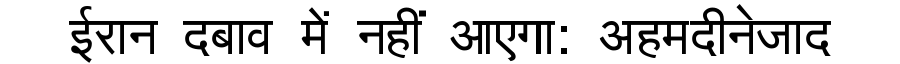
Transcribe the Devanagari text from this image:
ईरान दबाव में नहीं आएगा: अहमदीनेजाद